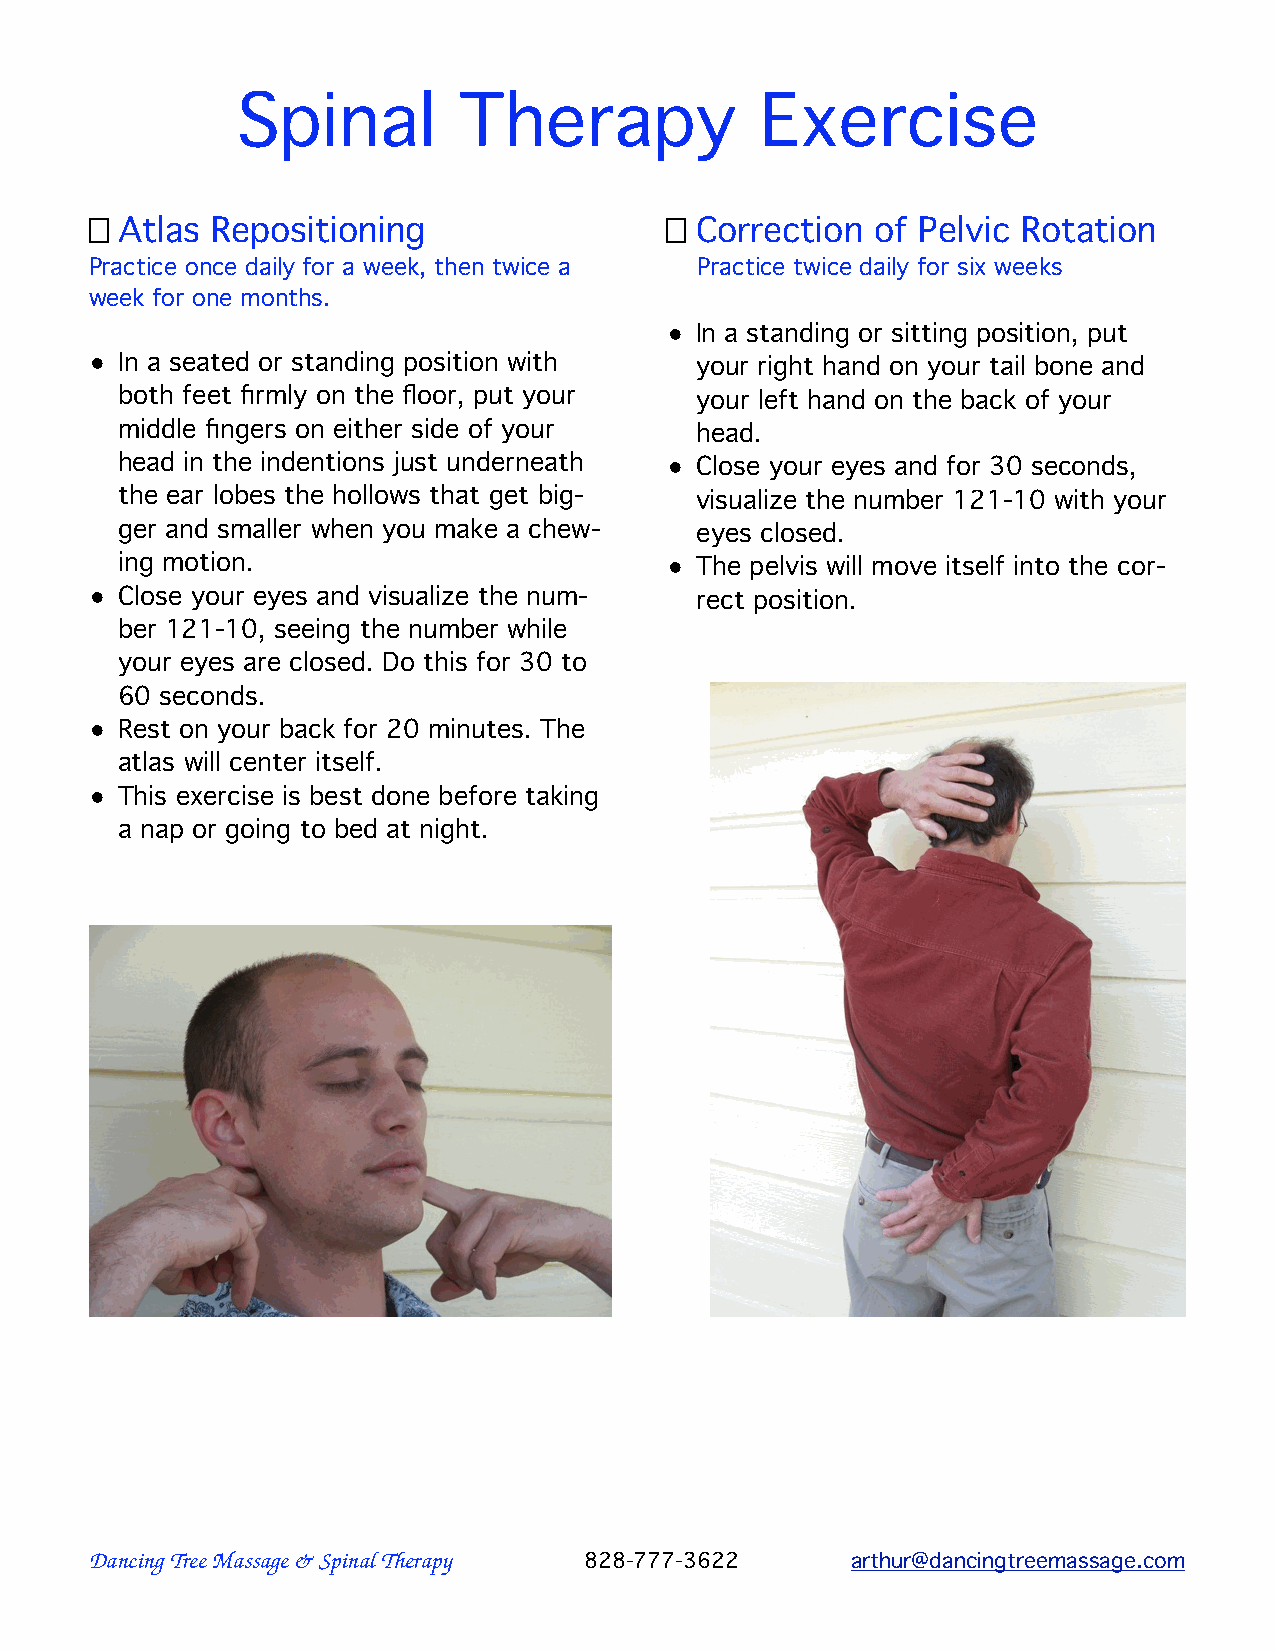
Spinal        Therapy             Exercise
 Atlas Repositioning                   Correction  of Pelvic Rotation
 Practice once daily for a week, then twice a Practice twice daily for six weeks
 week for one months.
 • In a standing or sitting position, put
 • In a seated or standing position with your right hand on your tail bone and
 both feet firmly on the floor, put your your left hand on the back of your
 middle fingers on either side of your head.
 head in the indentions just underneath • Close your eyes and for 30 seconds,
 the ear lobes the hollows that get big- visualize the number 121-10 with your
 ger and smaller when you make a chew- eyes closed.
 ing motion.                         • The pelvis will move itself into the cor-
 • Close your eyes and visualize the num- rect position.
 ber 121-10, seeing the number while
 your eyes are closed. Do this for 30 to
 60 seconds.
 • Rest on your back for 20 minutes. The
 atlas will center itself.
 • This exercise is best done before taking
 a nap or going to bed at night.
 Dancing Tree Massage & Spinal Therapy 828-777-3622 arthur@dancingtreemassage.com